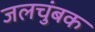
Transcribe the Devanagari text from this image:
जलचुंबक